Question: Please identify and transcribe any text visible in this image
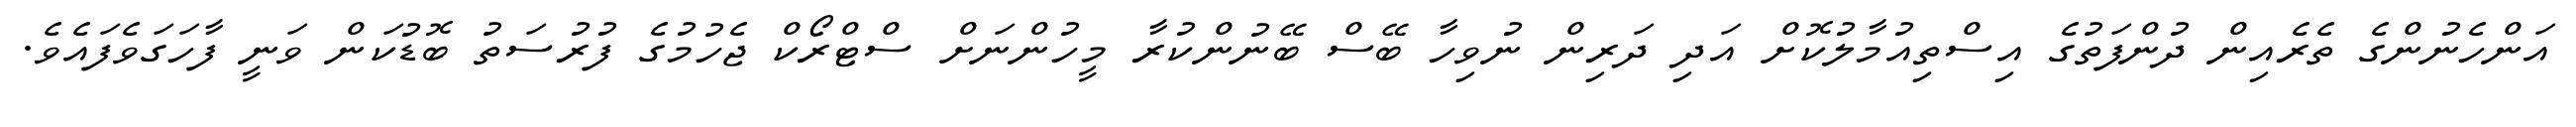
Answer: އަންހެނުންގެ ތެރެއިން ދުންފަތުގެ އިސްތިއުމާލުކޮށް އަދި ދަރިން ނުވިހާ ބޭސް ބޭނުންކުރާ މީހުންނަށް ސްޓްރޯކް ޖެހުމުގެ ފުރުސަތު ބޮޑުކަން ވަނީ ފާހަގަވެފައެވެ.